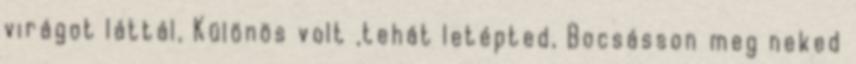
virágot láttál, Különös volt ,tehát letépted, Bocsásson meg neked